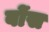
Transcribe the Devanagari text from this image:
बोंस